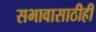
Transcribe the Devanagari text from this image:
सभावासाठीही